Bréfritari: Stefanía Siggeirsdóttir
Viðtakandi: Páll Pálsson
Dagsetning: A-1868-01-20
Skrifað á: Hraungerði  Árn.
Stefanía var bróðurdóttir Páls Pálssonar

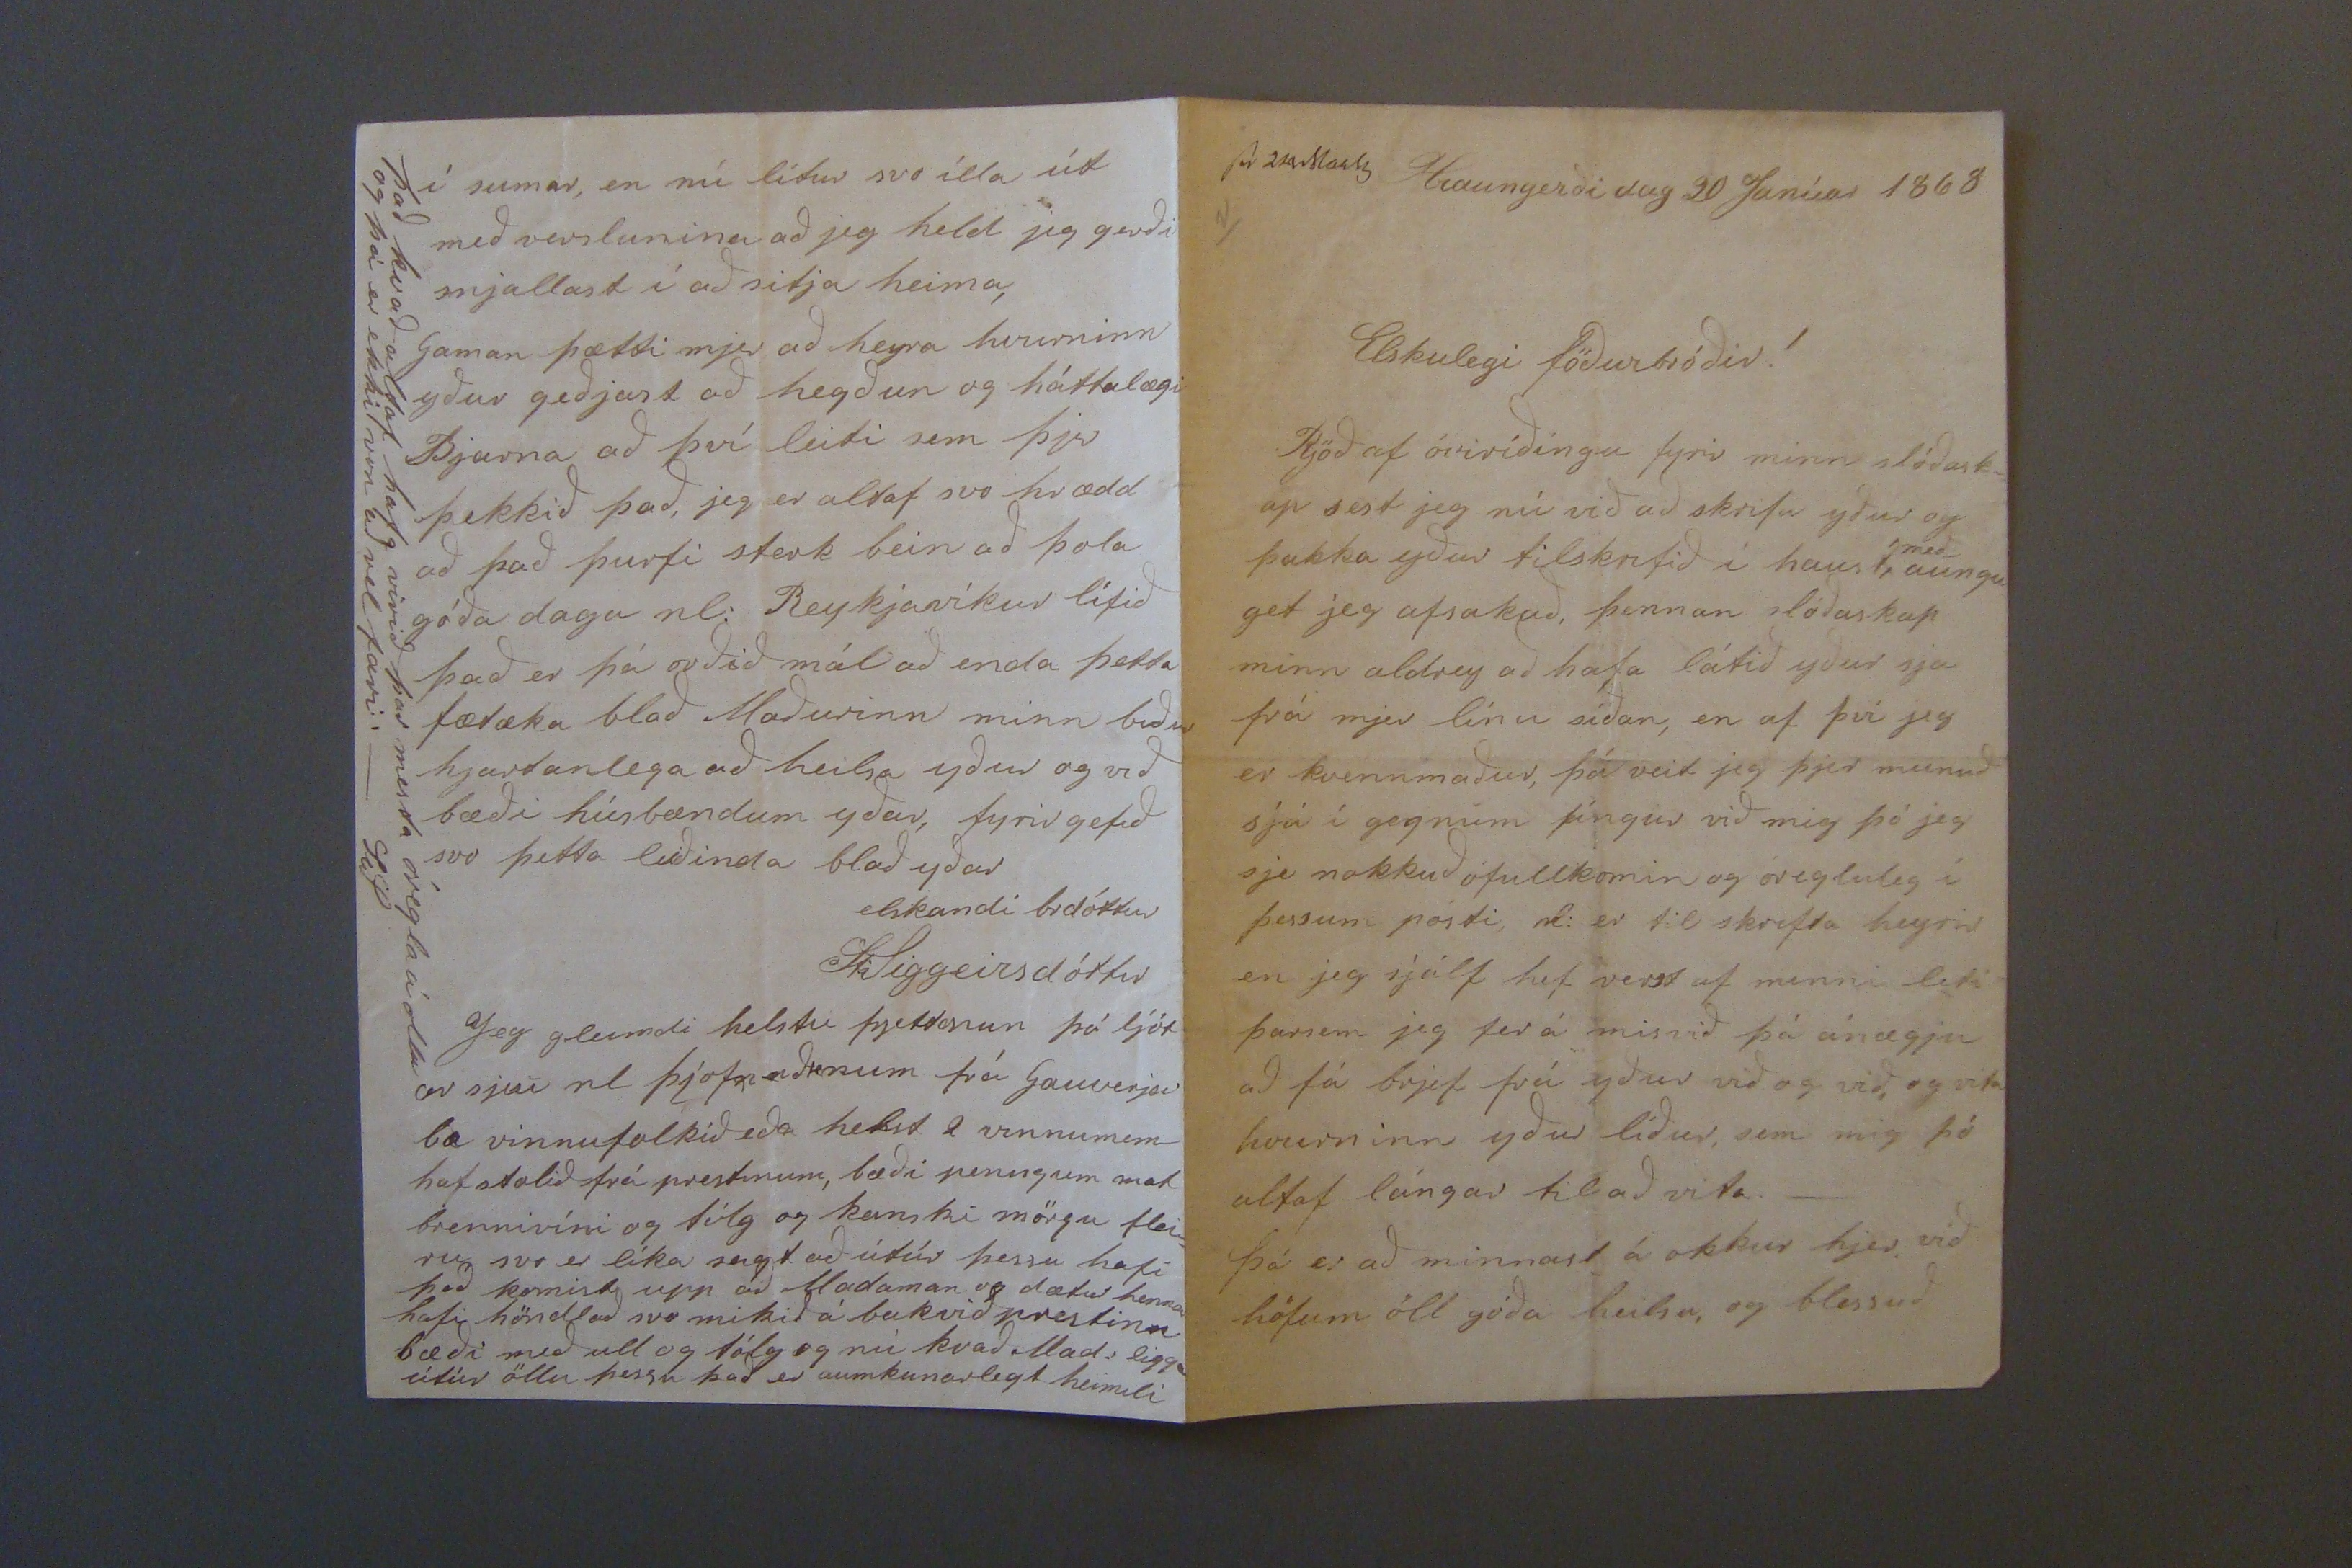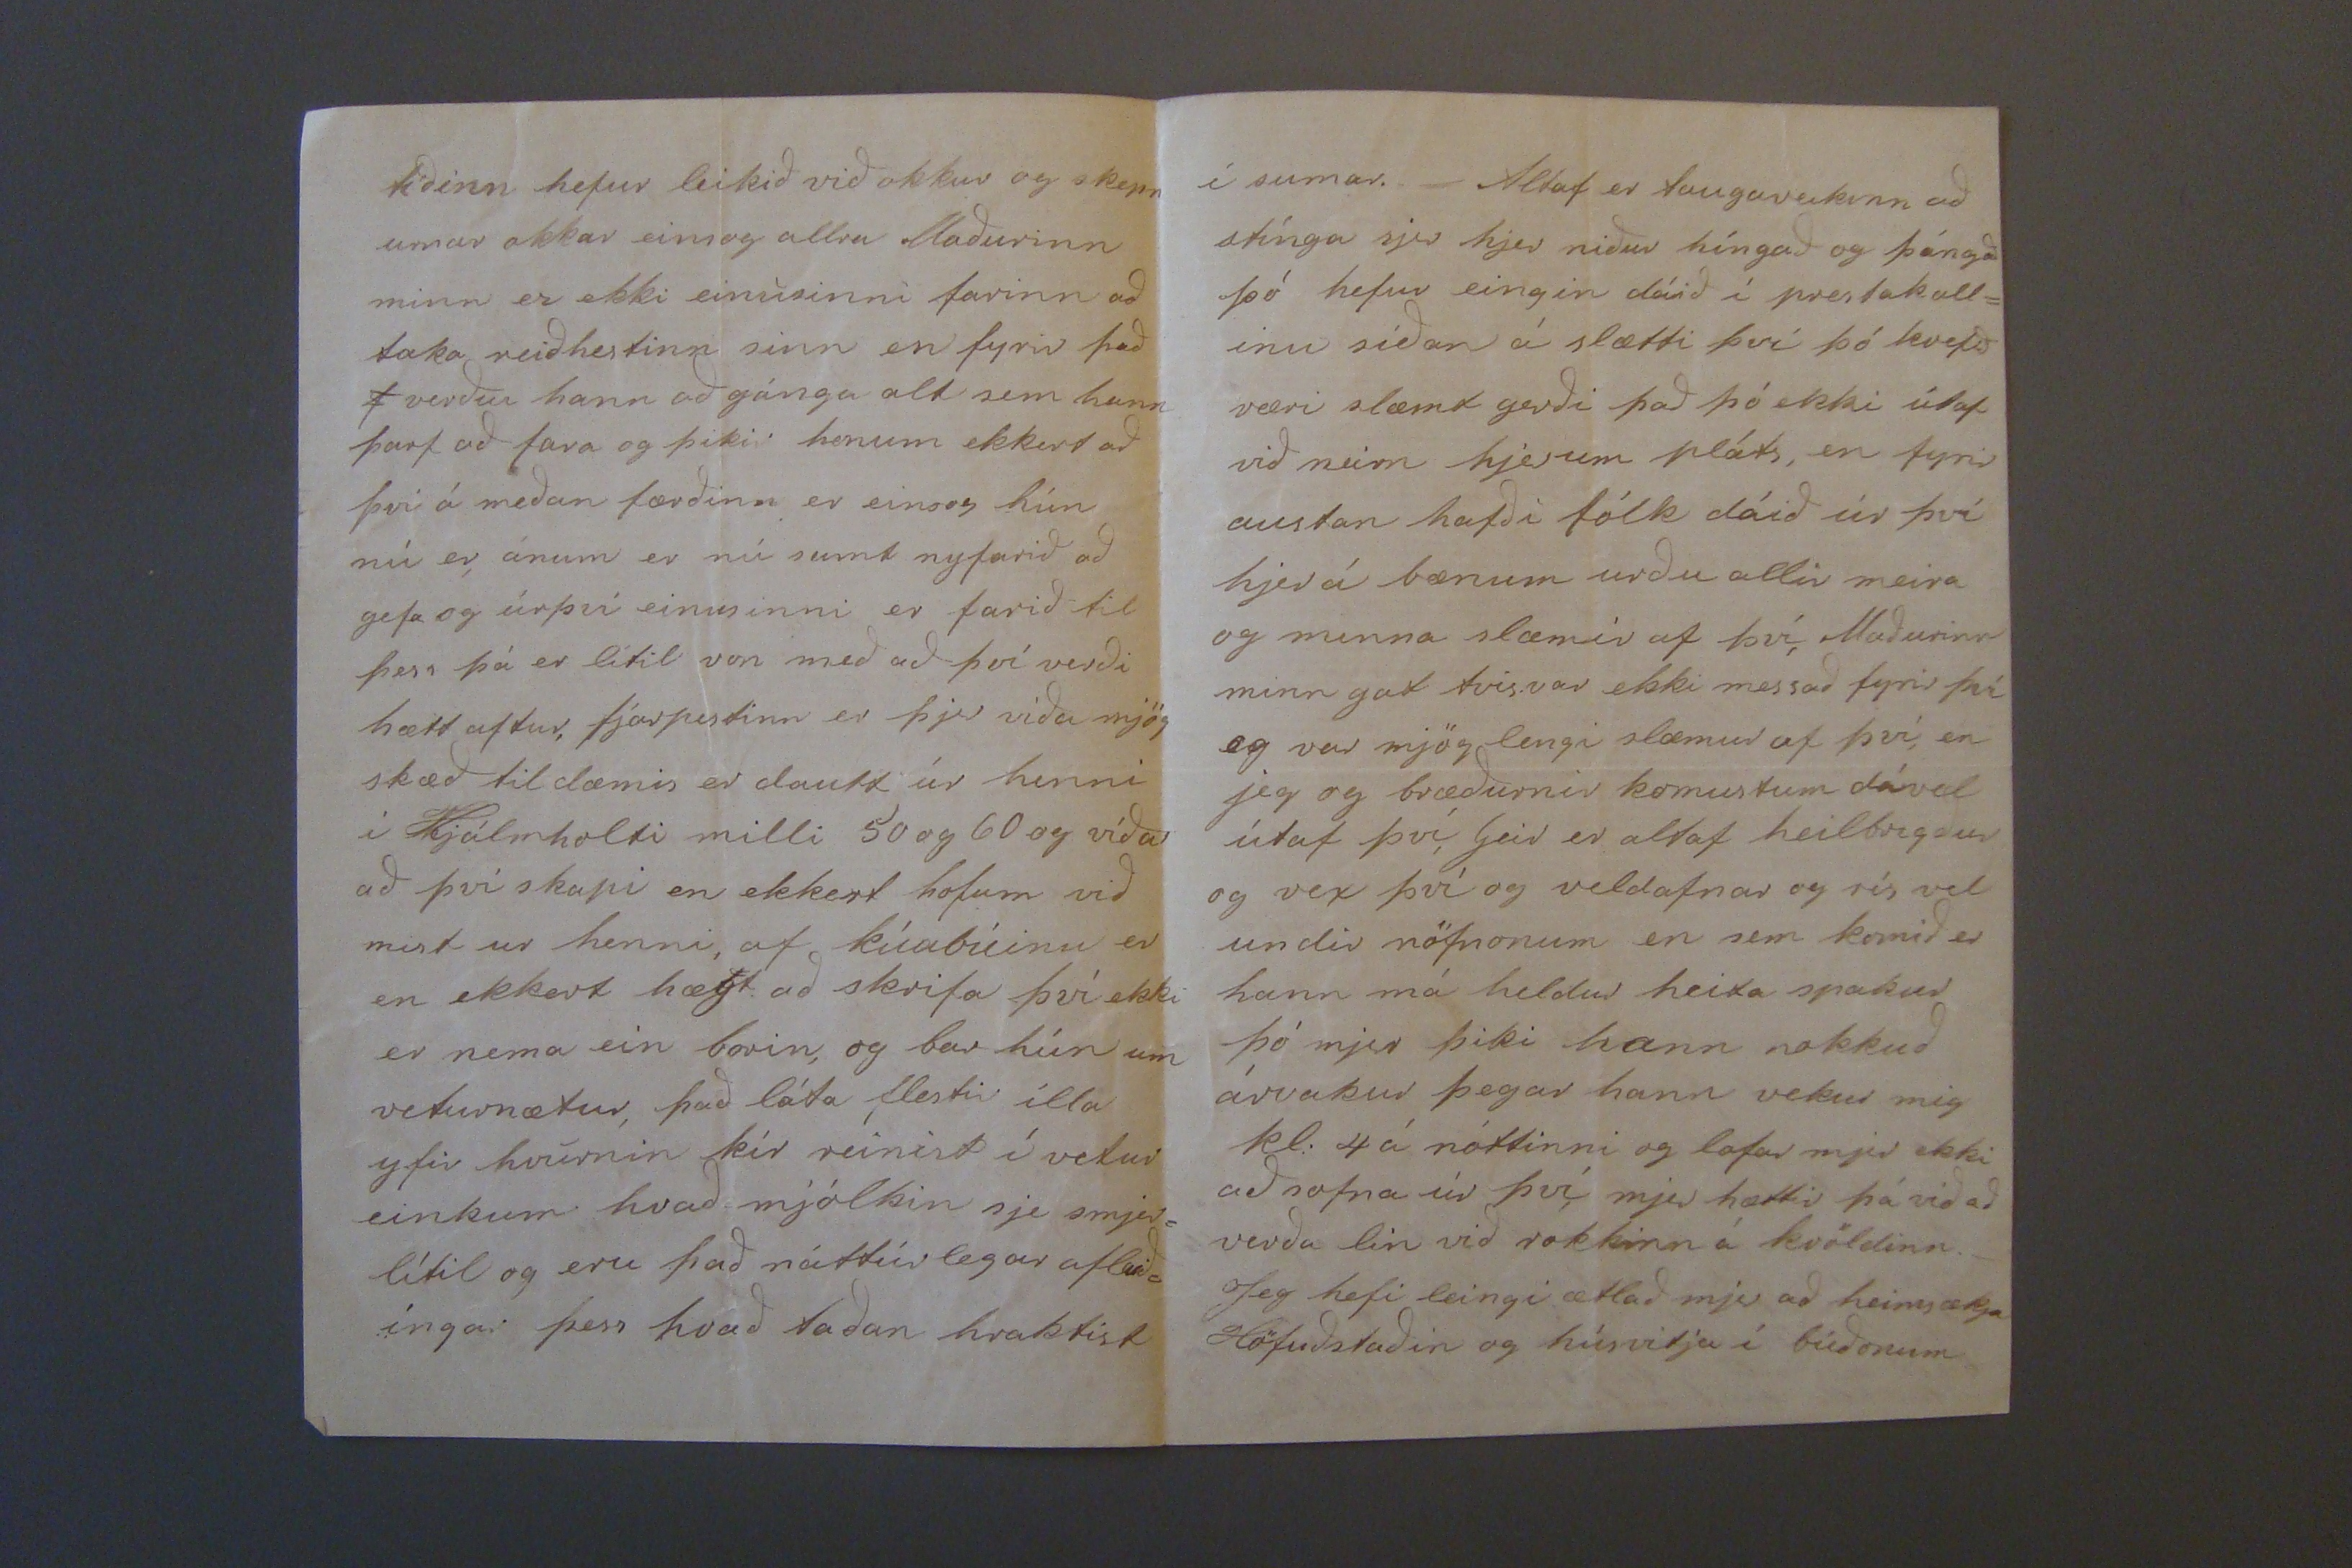

sv 24 Marts
Hraungerði dag 20 Janúar 1868
Elskulegi föðurbróðir!
Rjöð af óviríðíngu fyrir minn slóðask= ap sest jeg nú við að skrifa yður og þakka yður tilskrifið í haust,
með
aungu get jeg afsakað, þennan slóðaskap minn aldrey að hafa látið yður sja frá mjer línu síðan, en af því jeg er kvennmaður, þá veit jeg þjer munuð sjá í gegnum þíngur við mig þó jeg sje nokkuð ófullkomin og óregluleg í þessum pósti, nl: er til skrifta heyrir en jeg sjálf hef verst af minni lifi þarsem jeg fer á mis við þá ánægju að fá brjef frá yður við og við og vita hvurninn yður líður, sem mig þó altaf lángar til að vita._ þá er að minnast á okkur hjer við höfum öll góða heilsu, og blessuð
tíðinn hefur leikið við okkur og skepn urnar okkar einsog allra Maðurinn minn er ekki einusinni farinn að taka reiðhestinn sinn en fyrir það
f
verður hann að gánga alt sem hann þarf að fara og þikir honum ekkert að því á meðan færðinn er einsog hún nú er, ánum er nú sumt nyfarið að gefa og úrþví einusinni er farið til þess þá er lítil von með að því verði hætt aftur, fjárpestinn er hjer víða mjög skæð til dæmis er dautt úr henni í Hjálmholti milli 50 og 60 og víðar að því skapi en ekkert hofum við mist ur henni, af kúabúinu er en ekkert hægt að skrifa því ekki er nema ein borin, og bar hún um veturnætur, það láta flestir illa yfir hvurnin kír reinist í vetur einkum hvað mjólkin sje smjer= lítil og eru það náttúrlegar afleið= íngar þess hvað taðan hraktist
í sumar._ Altaf er taugaveikinn að stínga sjer hjer niður híngað og þángað þó hefur eingin dáið í prestakall= inu síðan á slætti því þó kvefið væri slæmt gerði það þó ekki útaf við neirn hjer um pláts, en fyrir austan hafði fólk dáið úr því hjer á bænum urðu allir meira og minna slæmir af því, Maðurinn minn gat tvisvar ekki messað fyrir því og var mjög lengi slæmur af því, en jeg og bræðurnir komustum dável útaf því, Geir er altaf heilbrigður og vex því og veldafnar og rís vel undir nöfnonum en sem komið er hann má heldur heita spakur þó mjer þiki hann nokkuð árvakur þegar hann vekur mig kl: 4 á nóttinni og lofar mjer ekki að sofna úr því, mjer hættir þá við að verða lin við rokkinn á kvöldinn._ Jeg hefi leingi ætlað mjer að heimsækja Höfuðstaðinn og húsvitja í búðonum
í sumar, en nú lítur svo ílla út með verslunina að jeg held jeg gerði snjallast í að sitja heima, Gaman þætti mjer að heyra hvurninn yður geðjast að hegðun og háttalægi Bjarna að því leiti sem þjer þekkið það, jeg er altaf svo hrædd að það þurfi sterk bein að þola góða daga nl: Reykjavíkur lífið það er þá orðið mál að enda þetta
fætæka
blað Maðurinn minn biður hjartanlega að heilsa yður og við bæði húsbændum yðar, fyrirgefið svo þetta leiðinda blað yðar
elskandi brdóttur
Ste Siggeirsdóttir
Jeg gleimdi helstu frjettonun þá ljót ar sjeu nl þjóf
000d0num
frá Gauverja bæ vinnufolkið eða helst 2 vinnumenn haf stolið frá prestnum, bæði peningum mat brennivíni og
tólg
og kanski mörgu flei= ru svo er líka sagt að útúr þessu hafi það komist upp að Madaman og dætur hennar hafi höndlað svo mikið á bakvið prestinn bæði með ull og tólg og nú kvað Mad: ligga útúr öllu þessu það er aumkunarlegt heimili
það kvað altaf hafa virið þar mesta óregla á ollu og þá er ekki von að vel færi:._
Stf